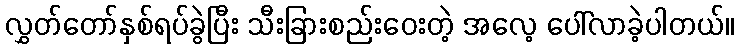
လွှတ်တော်နှစ်ရပ်ခွဲပြီး သီးခြားစည်းဝေးတဲ့ အလေ့ ပေါ်လာခဲ့ပါတယ်။